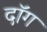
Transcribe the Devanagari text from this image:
दॉग